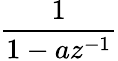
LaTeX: \frac{1}{1-az^{-1}}